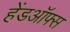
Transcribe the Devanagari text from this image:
हेंडऑफ्स